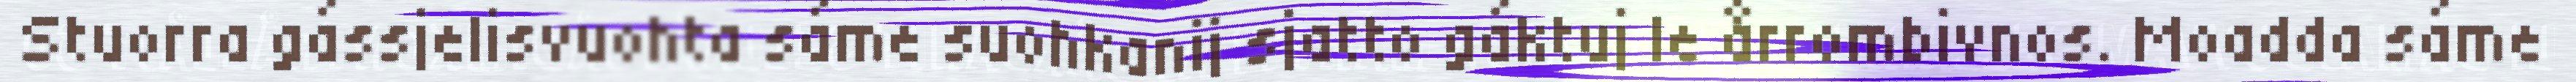
Stuorra gássjelisvuohta sáme suohkanij sjatto gáktuj le årrombivnos. Moadda sáme